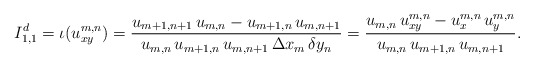
\begin{align*}I_{1,1}^d=\iota(u_{xy}^{m,n})=\frac{u_{m+1,n+1}\, u_{m,n}-u_{m+1,n}\, u_{m,n+1}}{u_{m,n}\, u_{m+1,n}\, u_{m,n+1}\,\Delta x_m\,\delta y_n} = \frac{u_{m,n}\, u_{xy}^{m,n} - u_x^{m,n}\, u_y^{m,n}}{u_{m,n}\, u_{m+1,n}\, u_{m,n+1}}.\end{align*}